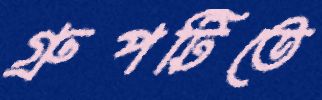
গ্রুপটিতে